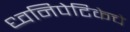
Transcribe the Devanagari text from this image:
ध्वनिपेटिकेचे